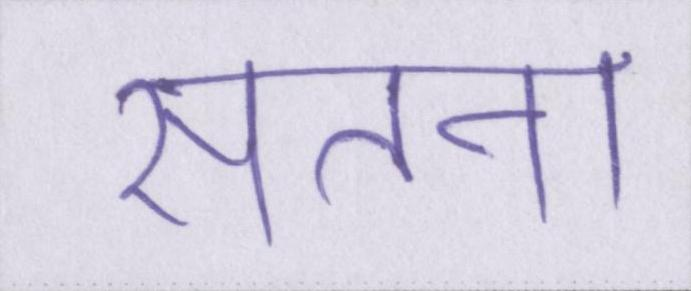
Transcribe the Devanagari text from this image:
सतना